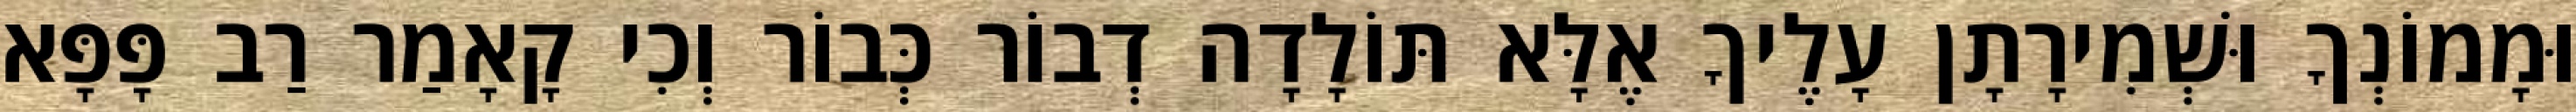
וּמָמוֹנְךָ וּשְׁמִירָתָן עָלֶיךָ אֶלָּא תּוֹלָדָה דְבוֹר כְּבוֹר וְכִי קָאָמַר רַב פָּפָּא